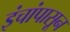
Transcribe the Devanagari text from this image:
इंचांपासून